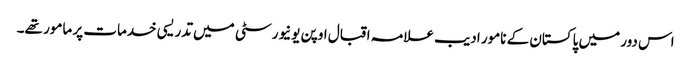
اس دور میں پاکستان کے نامور ادیب علامہ اقبال اوپن یونیورسٹی میں تدریسی خدمات پر مامور تھے۔